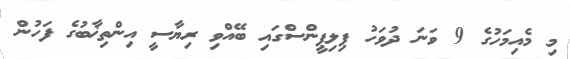
މި މެއިމަހުގެ 9 ވަނަ ދުވަހު ޕިލިޕީންސްގައި ބޭއްވި ރިޔާސީ އިންތިޚާބުގެ ފަހުން